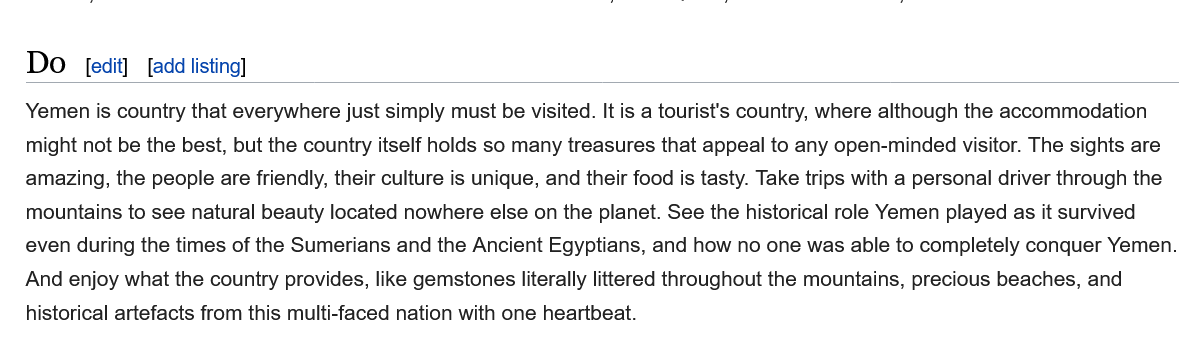
Do    add listing]
   Yemen is country that everywhere just simply must be visited. It is a tourist's country, where although the accommodation
   might not be the best, but the country itself holds so many treasures that appeal to any open-minded visitor. The sights are
   amazing, the people are friendly, their culture is unique, and their food is tasty. Take trips with a personal driver through the
   mountains to see natural beauty located nowhere else on the planet. See the historical role Yemen played as it survived
   even during the times of the Sumerians and the Ancient Egyptians, and how no one was able to completely conquer Yemen
   And enjoy what the country provides, like gemstones literally littered throughout the mountains, precious beaches, and
   historical artefacts from this multi-faced nation with one heartbeat.